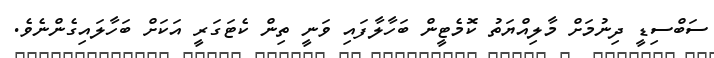
ސަބްސިޑީ ދިނުމަށް މާލިއްޔަތު ކޮމެޓީން ބަހާލާފައި ވަނީ ތިން ކެޓަގަރީ އަކަށް ބަހާލައިގެންނެވެ.